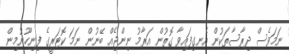
ނަމަވެސް ދިރާސާތަކުން އެނގިފައިވާ ގޮތުން އަރާމު ނިންޖެއް ބޭނުން ނަމަ ކޮޓަރީގެ ފިނިހޫނުމިން